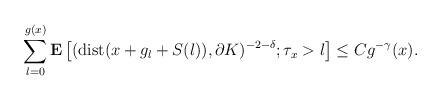
LaTeX: \begin{align*}\sum_{l=0}^{g(x)}\mathbf{E}\left[({\rm dist}(x+g_{l}+S(l)),\partial K)^{-2-\delta};\tau_x>l\right]\le Cg^{-\gamma}(x).\end{align*}